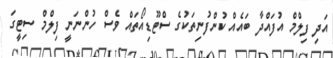
އަދި ފިލްމް އުފައްދާ ބައެއް ކުންފުނިތަކުގެ ސްޓޫޑިއޯތައް ވެސް ހުންނަނީ ފިލްމް ސިޓީގަ